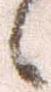
候